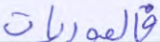
فالموريات